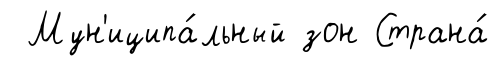
Мун'иципа́льный зон Страна́